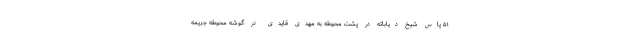
۵۱ پاس شیخ دیاباته در پشت محوطه به مهدی قایدی در گوشه محوطه جریمه